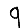
Digit: 9